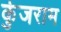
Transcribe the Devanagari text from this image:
कुंजराम